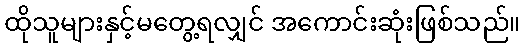
ထိုသူများနှင့်မတွေ့ရလျှင် အကောင်းဆုံးဖြစ်သည်။